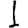
Digit: 1